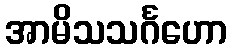
အာမိသသင်္ဂဟော